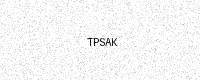
Text: TPSAK